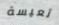
تعيسة